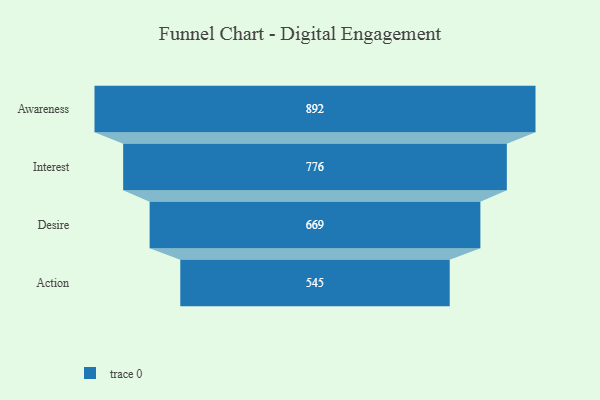
{"axis": {"x": "Stage", "y": "Value"}, "legend": [""], "data": [{"x": "Awareness", "y": 892.0, "type": ""}, {"x": "Interest", "y": 776.0, "type": ""}, {"x": "Desire", "y": 669.0, "type": ""}, {"x": "Action", "y": 545.0, "type": ""}]}